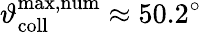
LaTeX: \vartheta_{\mathrm{coll}}^{\mathrm{max,num}}\approx 50.2^{\circ}